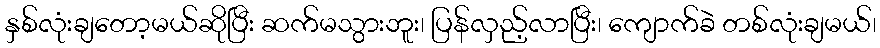
နှစ်လုံးချတော့မယ်ဆိုပြီး ဆက်မသွားဘူး၊ ပြန်လှည့်လာပြီး၊ ကျောက်ခဲ တစ်လုံးချမယ်၊